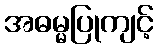
အဓမ္မပြုကျင့်